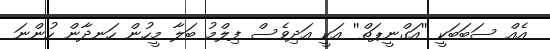
އެއް ސަބަބަކީ ''އަގްނީޕަތް'' އަކީ އަދިވެސް ފިލްމު ބަލާ މީހުން ހަނދާން ހުންނަ